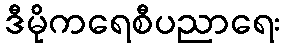
ဒီမိုကရေစီပညာရေး